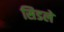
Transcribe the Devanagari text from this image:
सिडले